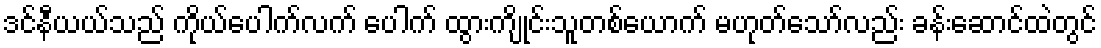
ဒင်နီယယ်သည် ကိုယ်ပေါက်လက် ပေါက် ထွားကျိုင်းသူတစ်ယောက် မဟုတ်သော်လည်း ခန်းဆောင်ထဲတွင်